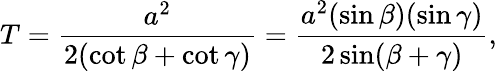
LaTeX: T={\frac{a^{2}}{2(\cot\beta+\cot\gamma)}}={\frac{a^{2}(\sin\beta)(\sin\gamma)}{2\sin(\beta+\gamma)}},